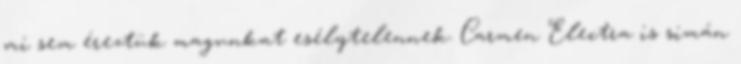
mi sem éreztük magunkat esélytelennek. Carmen Electra is simán